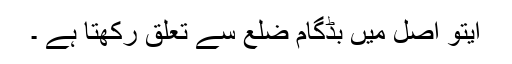
ایتو اصل میں بڈگام ضلع سے تعلق رکھتا ہے ۔